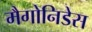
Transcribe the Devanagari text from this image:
मैगोनिडेस